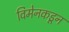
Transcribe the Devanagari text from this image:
विमेनकडून